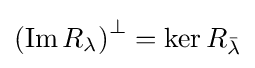
\left(\operatorname {Im} R_{\lambda }\right)^{\perp }=\ker R_{\bar {\lambda }}